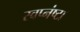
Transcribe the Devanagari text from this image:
स्वप्नंष्टा